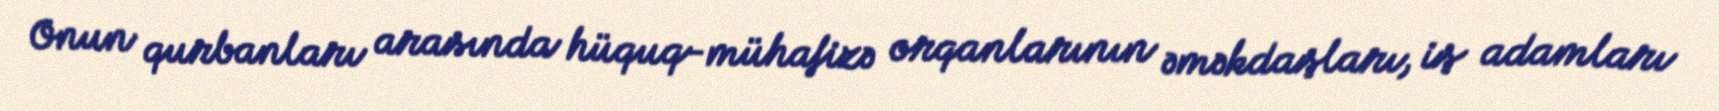
Onun qurbanları arasında hüquq-mühafizə orqanlarının əməkdaşları, iş adamları